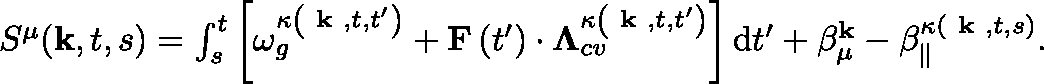
\begin{array} { r } { S ^ { \mu } ( \mathbf { k } , t , s ) = \int _ { s } ^ { t } \left[ \omega _ { g } ^ { \kappa \left( \textbf { k } , t , t ^ { \prime } \right) } + \mathbf { F } \left( t ^ { \prime } \right) \cdot \mathbf { \Lambda } _ { c v } ^ { \kappa \left( \textbf { k } , t , t ^ { \prime } \right) } \right] \mathrm { d } t ^ { \prime } + \beta _ { \mu } ^ { \mathbf { k } } - \beta _ { \| } ^ { \kappa ( \textbf { k } , t , s ) } . } \end{array}